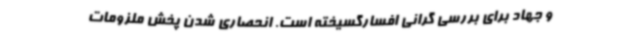
و جهاد برای بررسی گرانی افسارگسیخته است. انحصاری شدن پخش ملزومات